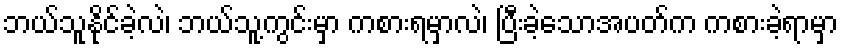
ဘယ်သူနိုင်ခဲ့လဲ၊ ဘယ်သူ့ကွင်းမှာ ကစားရမှာလဲ၊ ပြီးခဲ့သောအပတ်က ကစားခဲ့ရာမှာ